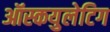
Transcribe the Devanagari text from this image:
ऑस्कयुलेटिग